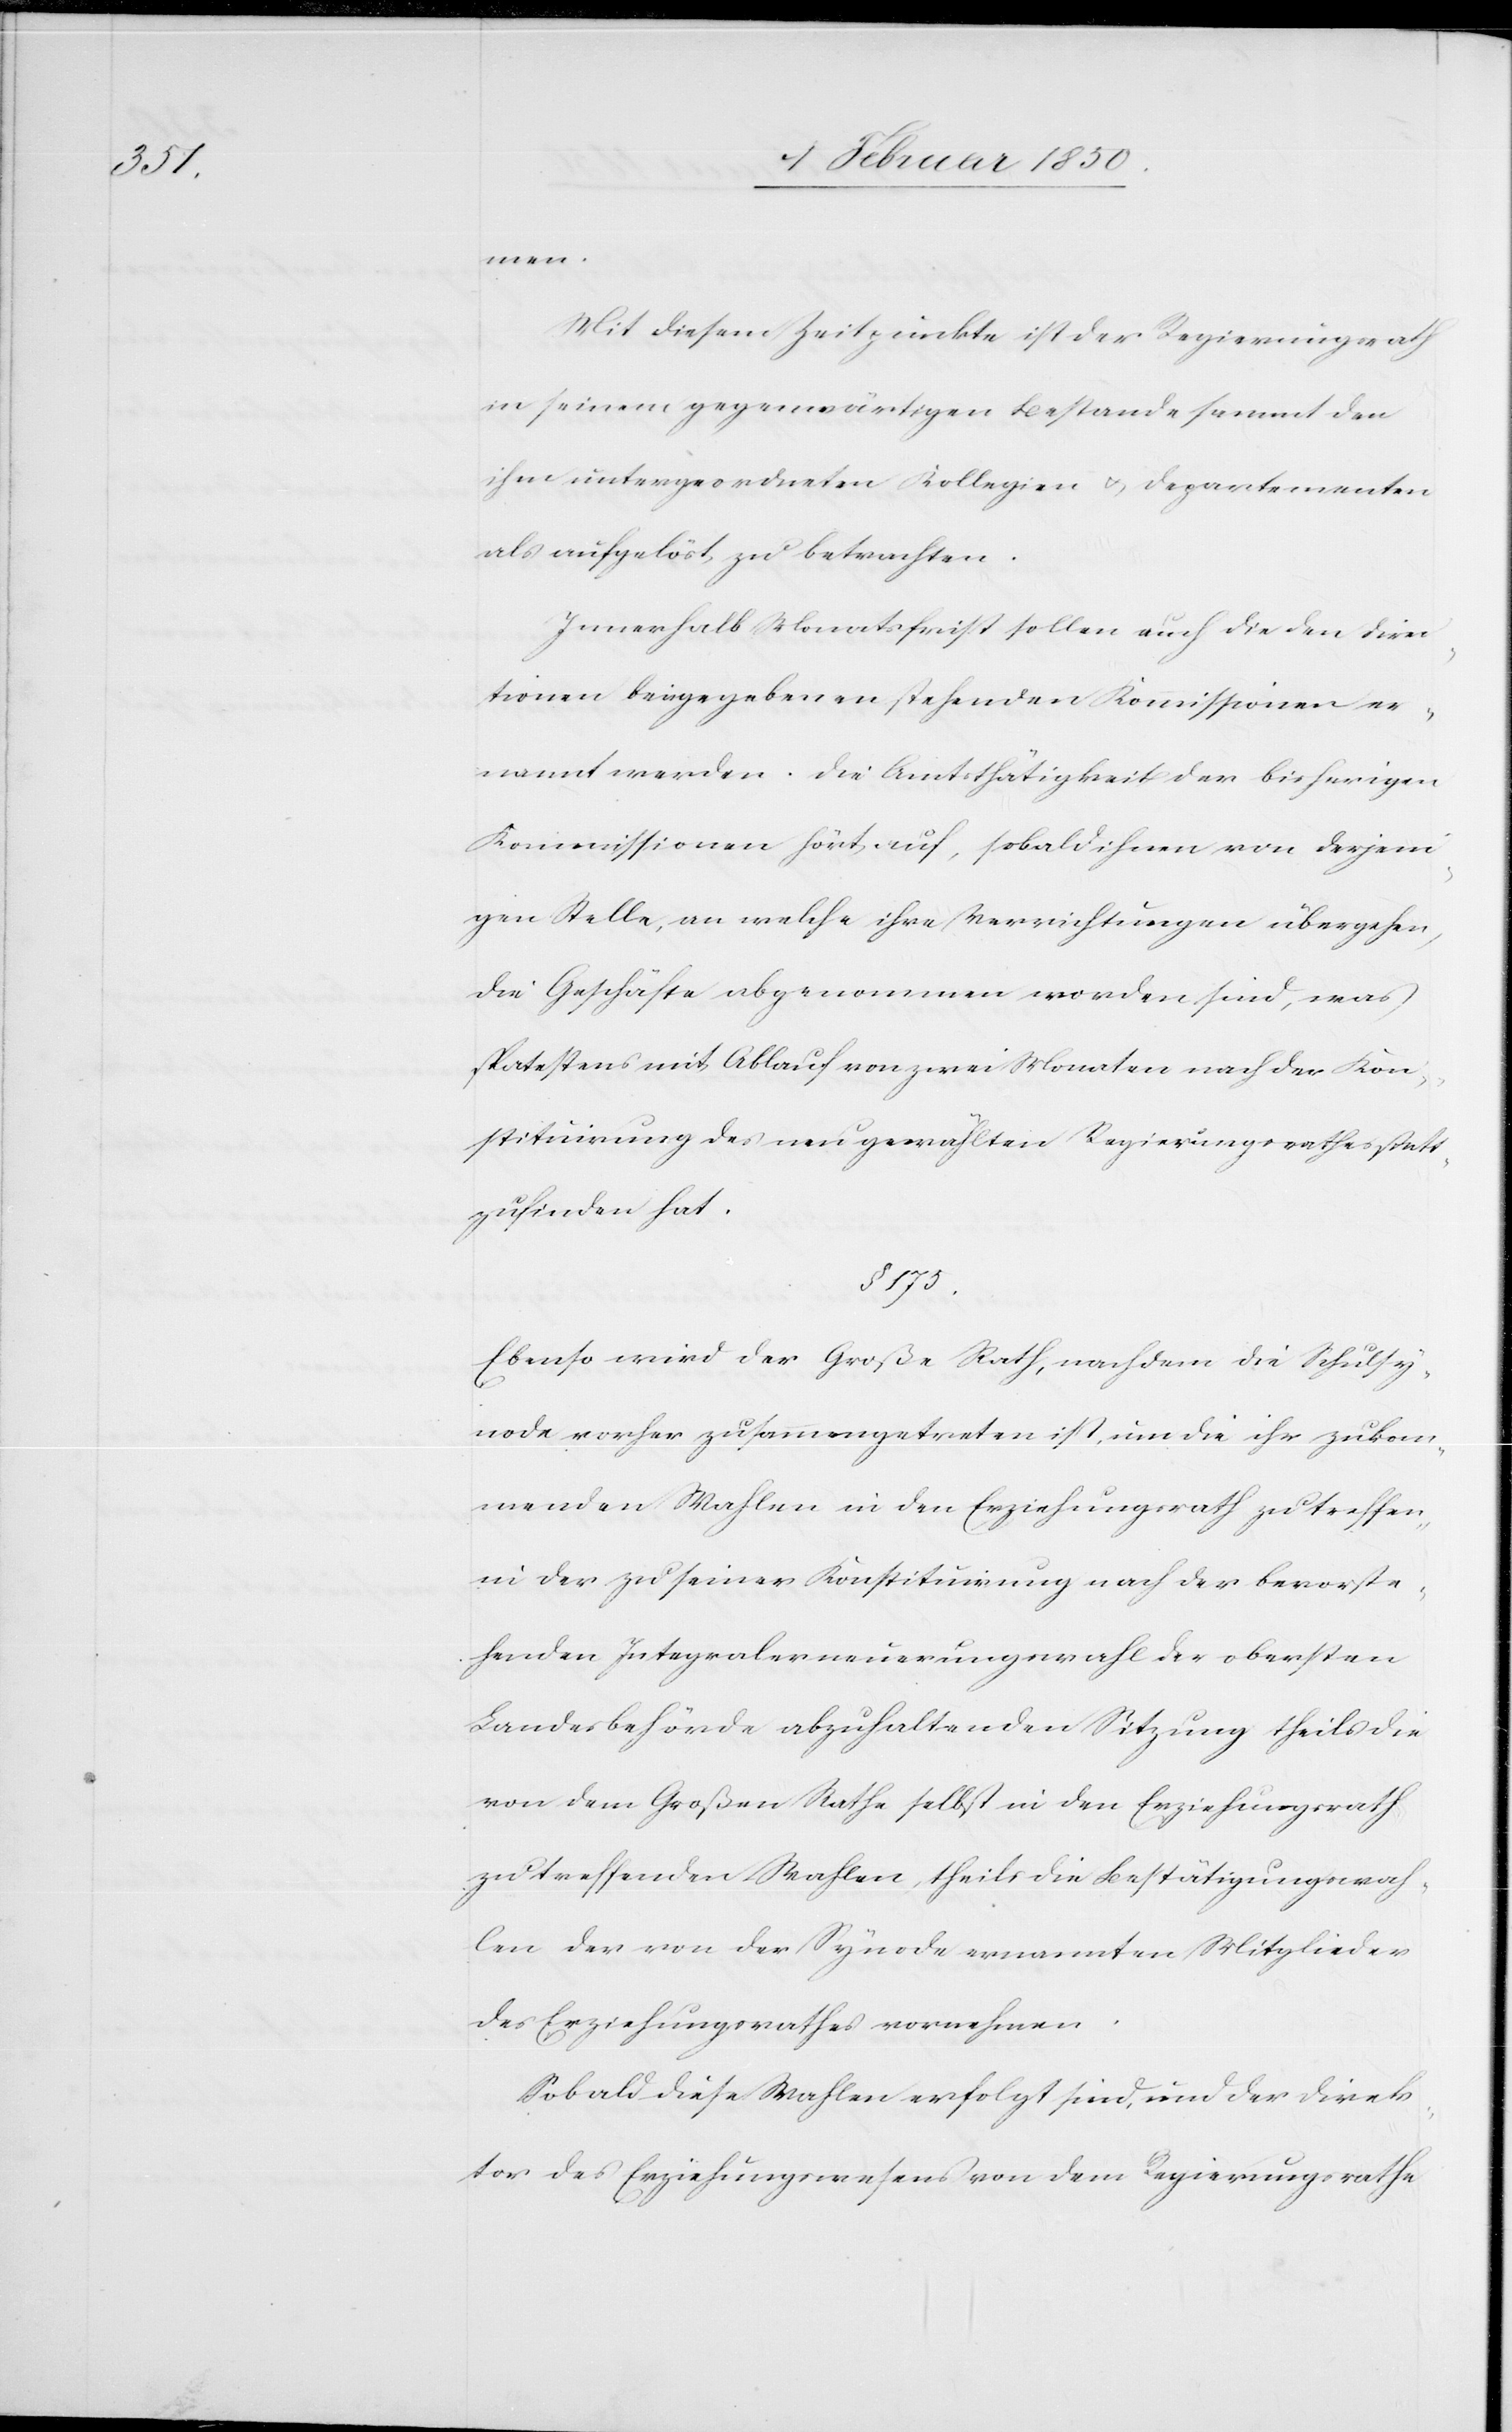
men.
Mit diesem Zeitpunkte ist der Regierungsrath
in seinem gegenwärtigen Bestande sammt den
ihm untergeordneten Kollegien u. Departementen
als aufgelöst zu betrachten.
Innerhalb Monatsfrist sollen auch die den Direc¬
tionen beigegebenen stehenden Kommissionen er¬
nannt werden. Die Amtsthätigkeit der bisherigen
Kommissionen hört auf, sobald ihnen von derjeni¬
gen Stelle, an welche ihre Verrichtungen übergehen,
die Geschäfte abgenommen worden sind, was
spatestens mit Ablauf von zwei Monaten nach der Kon¬
stituirung des neu gewählten Regierungsrathes statt¬
zufinden hat.
§. 175.
Ebenso wird der Großer Rath, nachdem die Schulsy¬
node vorher zusammengetreten ist, um die ihr zukom¬
menden Wahlen in den Erziehungsrath zu treffen,
in der zu seiner Konstituirung nach der bevorste¬
henden Integralerneuerungswahl der obersten
Landesbehörde abzuhaltenden Sitzung theils die
von dem Großen Rathe selbst in den Erziehungsrath
zu treffenden Wahlen, theils die Bestätigungswah¬
len der von der Synode ernannten Mitglieder
des Erziehungsrathes vornehmen.
Sobald diese Wahlen erfolgt sind, und der Direk¬
tor des Erziehungswesens von dem Regierungsrathe